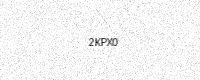
Text: 2KPX0